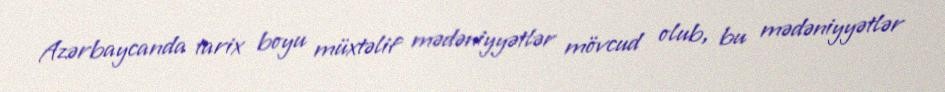
Azərbaycanda tarix boyu müxtəlif mədəniyyətlər mövcud olub, bu mədəniyyətlər